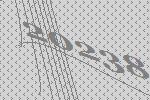
20238